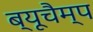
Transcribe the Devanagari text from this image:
ब्यूचैम्प